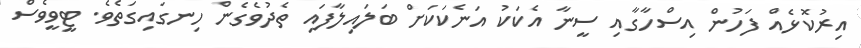
އިރުކޮޅެއް ފަހުން އިސްހާގާއި ސީނާ އެކަކު އަނެކަކަށް ބަލައިލާފައި ތެދުވެގެން ހިނގައިގަތެވެ. ޓީވީވެސް